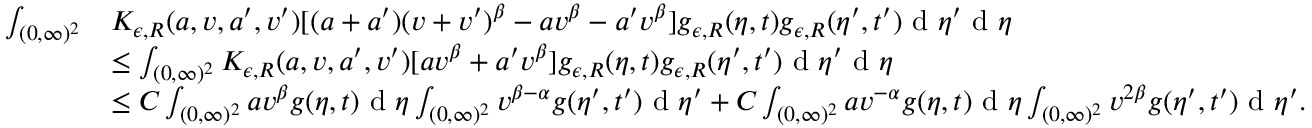
\begin{array} { r l } { \int _ { ( 0 , \infty ) ^ { 2 } } } & { K _ { \epsilon , R } ( a , v , a ^ { \prime } , v ^ { \prime } ) [ ( a + a ^ { \prime } ) ( v + v ^ { \prime } ) ^ { \beta } - a v ^ { \beta } - a ^ { \prime } v ^ { \beta } ] g _ { \epsilon , R } ( \eta , t ) g _ { \epsilon , R } ( \eta ^ { \prime } , t ^ { \prime } ) \textup { d } \eta ^ { \prime } \textup { d } \eta } \\ & { \leq \int _ { ( 0 , \infty ) ^ { 2 } } K _ { \epsilon , R } ( a , v , a ^ { \prime } , v ^ { \prime } ) [ a v ^ { \beta } + a ^ { \prime } v ^ { \beta } ] g _ { \epsilon , R } ( \eta , t ) g _ { \epsilon , R } ( \eta ^ { \prime } , t ^ { \prime } ) \textup { d } \eta ^ { \prime } \textup { d } \eta } \\ & { \leq C \int _ { ( 0 , \infty ) ^ { 2 } } a v ^ { \beta } g ( \eta , t ) \textup { d } \eta \int _ { ( 0 , \infty ) ^ { 2 } } v ^ { \beta - \alpha } g ( \eta ^ { \prime } , t ^ { \prime } ) \textup { d } \eta ^ { \prime } + C \int _ { ( 0 , \infty ) ^ { 2 } } a v ^ { - \alpha } g ( \eta , t ) \textup { d } \eta \int _ { ( 0 , \infty ) ^ { 2 } } v ^ { 2 \beta } g ( \eta ^ { \prime } , t ^ { \prime } ) \textup { d } \eta ^ { \prime } . } \end{array}